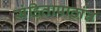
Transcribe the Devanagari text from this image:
संहितापाठांत